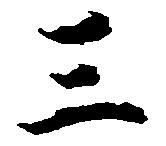
三